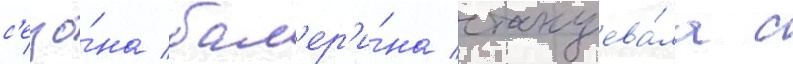
с'езо́на бал'ер'и́на станцева́ла с